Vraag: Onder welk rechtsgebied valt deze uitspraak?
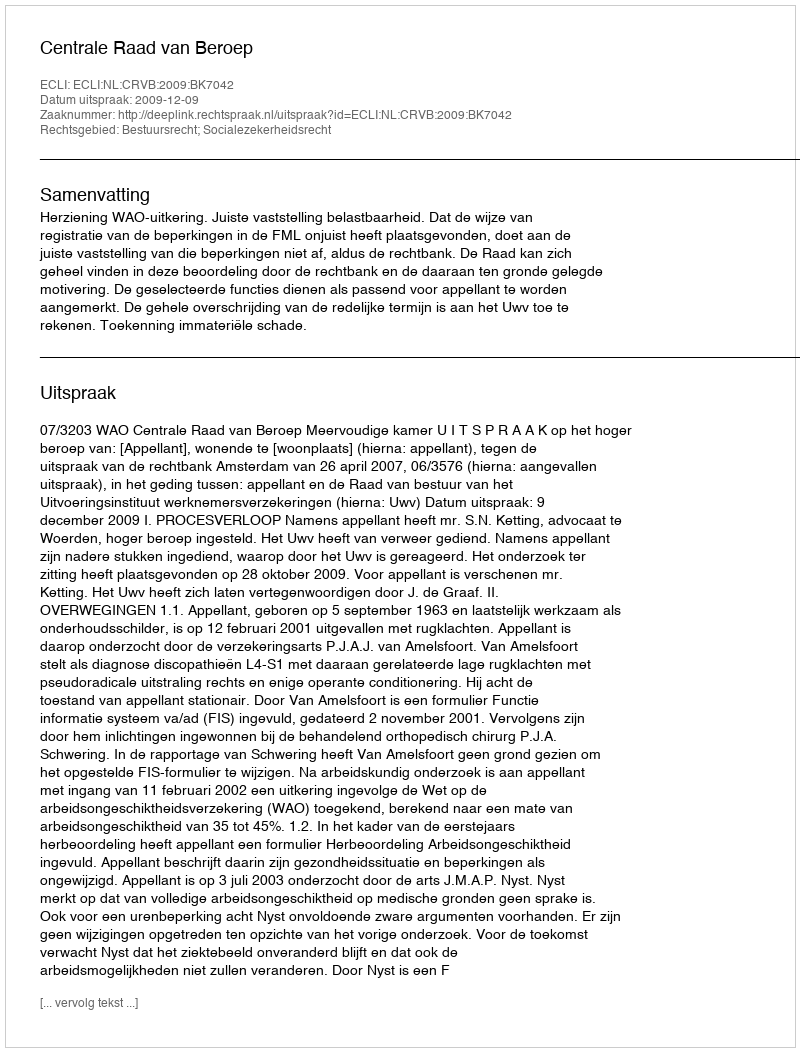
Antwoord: Bestuursrecht; Socialezekerheidsrecht